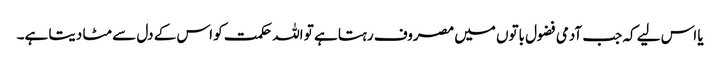
یا اس لیے کہ جب آدمی فضول باتوں میں مصروف رہتا ہے تو اللہ حکمت کو اس کے دل سے مٹا دیتا ہے۔